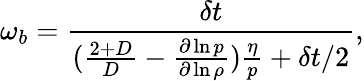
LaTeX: \omega_{b}=\frac{\delta t}{(\frac{2+D}{D}-\frac{\partial\ln p}{\partial\ln\rho})\frac{\eta}{p}+\delta t/2},